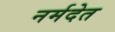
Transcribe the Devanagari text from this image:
नर्मदेत